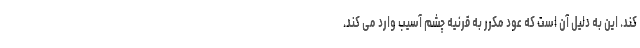
کند. این به دلیل آن است که عود مکرر به قرنیه چشم آسیب وارد می کند.